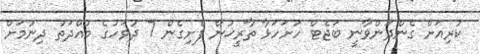
ކުރިއަށް ގެންދަންވާނީ ބަޖެޓް ހުށަހަޅާ ތާރީޚުން ފެށިގެން 7 ދުވަހުގެ މުއްދަތު ދިނުމަށް